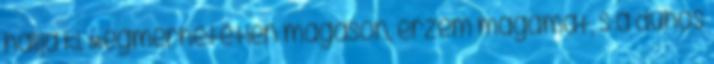
hallja ki. Megmérhetetlen magason, érzem magamat, s a dühös